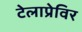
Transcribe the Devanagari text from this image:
टेलाप्रेविर